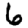
Digit: 6